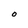
Character: O